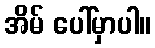
အိမ် ပေါ်မှာပါ။